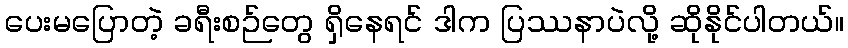
ပေးမပြောတဲ့ ခရီးစဉ်တွေ ရှိနေရင် ဒါက ပြဿနာပဲလို့ ဆိုနိုင်ပါတယ်။